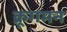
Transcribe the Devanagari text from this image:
क्रूगमन